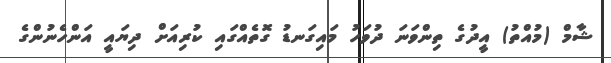
ޝާމް (މުއްތު) އީދުގެ ތިންވަނަ ދުވަހު މައިގަނޑު ގޮތެއްގައި ކުރިއަށް ދިޔައީ އަންހެނުންގެ